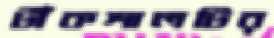
টাঁকশালটির